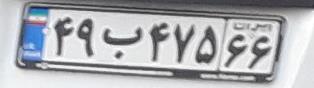
۴۹ب۴۷۵۶۶